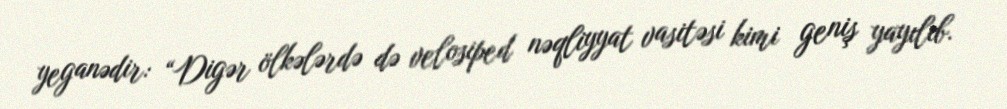
yeganədir: “Digər ölkələrdə də velosiped nəqliyyat vasitəsi kimi geniş yayılıb.